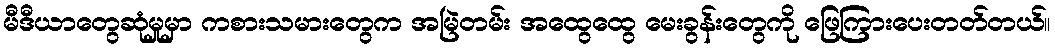
မီဒီယာတွေဆုံမှုမှာ ကစားသမားတွေက အမြဲတမ်း အထွေထွေ မေးခွန်းတွေကို ဖြေကြားပေးတတ်တယ်။